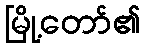
မြို့တော်၏